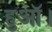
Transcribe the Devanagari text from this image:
हुऑ।